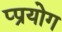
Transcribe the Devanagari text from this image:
प्प्रयोग